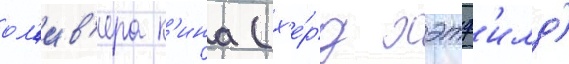
ол'ив'ера к'ина (х'е́рд хэтф'илд)